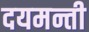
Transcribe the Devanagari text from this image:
दयमन्ती